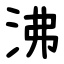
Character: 沸